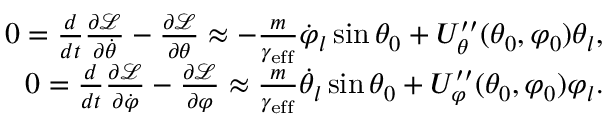
\begin{array} { r } { 0 = \frac { d } { d t } \frac { \partial \mathcal { L } } { \partial \dot { \theta } } - \frac { \partial \mathcal { L } } { \partial \theta } \approx - \frac { m } { \gamma _ { \mathrm { e f f } } } \dot { \varphi } _ { l } \sin \theta _ { 0 } + U _ { \theta } ^ { \prime \prime } ( \theta _ { 0 } , \varphi _ { 0 } ) \theta _ { l } , } \\ { 0 = \frac { d } { d t } \frac { \partial \mathcal { L } } { \partial \dot { \varphi } } - \frac { \partial \mathcal { L } } { \partial \varphi } \approx \frac { m } { \gamma _ { \mathrm { e f f } } } \dot { \theta } _ { l } \sin \theta _ { 0 } + U _ { \varphi } ^ { \prime \prime } ( \theta _ { 0 } , \varphi _ { 0 } ) \varphi _ { l } . } \end{array}